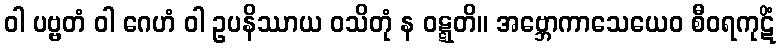
ဝါ ပဗ္ဗတံ ဝါ ဂေဟံ ဝါ ဥပနိဿာယ ဝသိတုံ န ဝဋ္ဋတိ။ အဗ္ဘောကာသေယေဝ စီဝရကုဋိံ